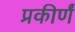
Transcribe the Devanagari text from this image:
प्रकीर्णं